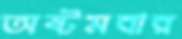
অষ্টমবার